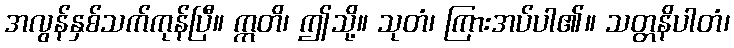
အလွန်နှစ်သက်ကုန်ပြီ။ ဣတိ၊ ဤသို့။ သုတံ၊ ကြားအပ်ပါ၏။ သတ္တနိပါတံ၊